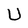
Character: U